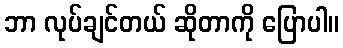
ဘာ လုပ်ချင်တယ် ဆိုတာကို ပြောပါ။